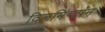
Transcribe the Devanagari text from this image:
विलमिंग्टॉन